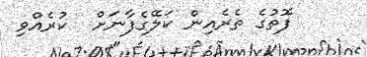
ފޮތުގެ ތެރެއިން ކަލޭގެފާނަށް  ކުރެއްވި